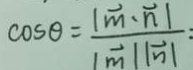
\cos \theta = \frac { \vert \overrightarrow { m } \cdot \overrightarrow { n } \vert } { \vert \overrightarrow { m } / / \overrightarrow { n } \vert } =